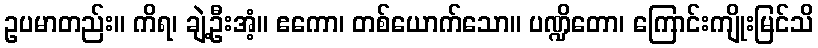
ဥပမာတည်း။ ကိရ၊ ချဲ့ဦးအံ့။ ဧကော၊ တစ်ယောက်သော။ ပဏ္ဍိတော၊ ကြောင်းကျိုးမြင်သိ